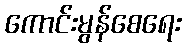
ကောင်းမွန်စေရေး